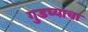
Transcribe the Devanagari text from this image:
गुडघ्याचा